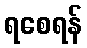
ရစေရန်